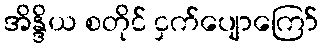
အိန္ဒိယ စတိုင် ငှက်ပျောကြော်